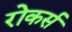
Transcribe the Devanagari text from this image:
रोकर्स